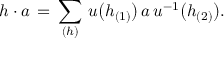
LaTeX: h \cdot a \, = \, \sum _ { ( h ) } \, u \big ( h _ { ( 1 ) } \big ) \, a \, u ^ { - 1 } \big ( h _ { ( 2 ) } \big ) .